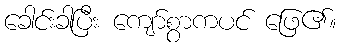
ခေါင်းခါပြီး ကျော်စွာကပင် ဖြေ၏။